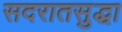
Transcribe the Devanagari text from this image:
सदरातसुद्धा